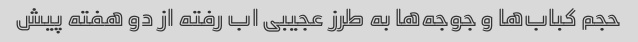
حجم کباب‌ها و جوجه‌ها به طرز عجیبی اب رفته از دو هفته پیش